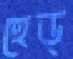
হেড্